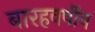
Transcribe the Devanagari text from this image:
बारहवर्षीय